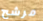
مرشح